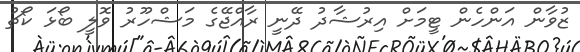
ޒުވާން އަންހެން ޓީމަށް އިރުޝާދު ދޭނީ ރާއްޖޭގެ މަޝްހޫރު ވޮލީ ބޯޅަ ކޯޗު